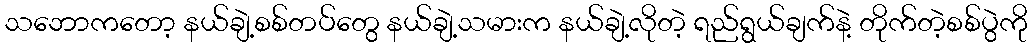
သဘောကတော့ နယ်ချဲ့စစ်တပ်တွေ နယ်ချဲ့သမားက နယ်ချဲ့လိုတဲ့ ရည်ရွယ်ချက်နဲ့ တိုက်တဲ့စစ်ပွဲကို